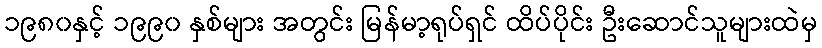
၁၉၈၀နှင့် ၁၉၉၀ နှစ်များ အတွင်း မြန်မာ့ရုပ်ရှင် ထိပ်ပိုင်း ဦးဆောင်သူများထဲမှ